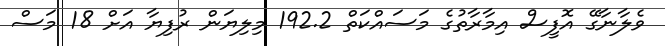
ވެލާނާގޭ އޮފީސް އިމާރާތުގެ މަސައްކަތް 192.2 މިލިޔަން ރުފިޔާ އަށް 18 މަސް